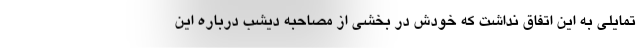
تمایلی به این اتفاق نداشت که خودش در بخشی از مصاحبه دیشب‌ درباره این